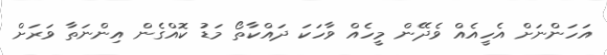
އަހަންނަށް އެހީއެއް ވެދޭން މީހެއް ވާހަކަ ދައްކާތޯ މަޑު ކޮއްގެން އިންނަތާ ވަރަށް